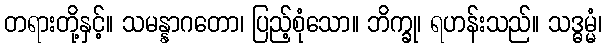
တရားတို့နှင့်။ သမန္နာဂတော၊ ပြည့်စုံသော။ ဘိက္ခု၊ ရဟန်းသည်။ သဒ္ဓမ္မံ၊